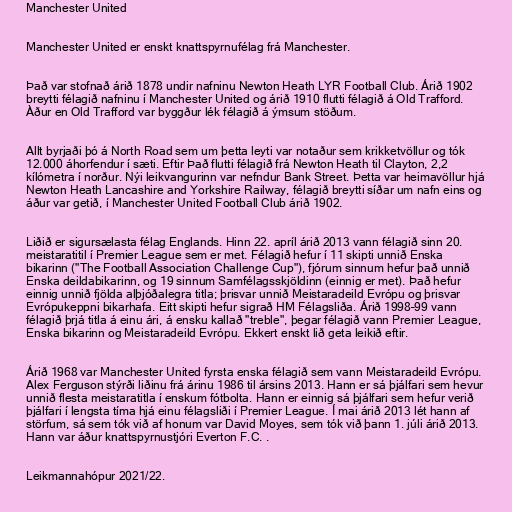
Manchester United

Manchester United er enskt knattspyrnufélag frá Manchester.

Það var stofnað árið 1878 undir nafninu Newton Heath LYR Football Club. Árið 1902
breytti félagið nafninu í Manchester United og árið 1910 flutti félagið á Old Trafford.
Àður en Old Trafford var byggður lék félagið á ýmsum stöðum.

Allt byrjaði þó á North Road sem um þetta leyti var notaður sem krikketvöllur og tók
12.000 áhorfendur í sæti. Eftir Það flutti félagið frá Newton Heath til Clayton, 2,2
kílómetra í norður. Nýi leikvangurinn var nefndur Bank Street. Þetta var heimavöllur hjá
Newton Heath Lancashire and Yorkshire Railway, félagið breytti síðar um nafn eins og
áður var getið, í Manchester United Football Club árið 1902.

Liðið er sigursælasta félag Englands. Hinn 22. apríl árið 2013 vann félagið sinn 20.
meistaratitil í Premier League sem er met. Félagið hefur í 11 skipti unnið Enska
bikarinn ("The Football Association Challenge Cup"), fjórum sinnum hefur það unnið
Enska deildabikarinn, og 19 sinnum Samfélagsskjöldinn (einnig er met). Það hefur
einnig unnið fjölda alþjóðalegra titla; þrisvar unnið Meistaradeild Evrópu og þrisvar
Evrópukeppni bikarhafa. Eitt skipti hefur sigrað HM Félagsliða. Árið 1998–99 vann
félagið þrjá titla á einu ári, á ensku kallað "treble", þegar félagið vann Premier League,
Enska bikarinn og Meistaradeild Evrópu. Ekkert enskt lið geta leikið eftir.

Árið 1968 var Manchester United fyrsta enska félagið sem vann Meistaradeild Evrópu.
Alex Ferguson stýrði liðinu frá árinu 1986 til ársins 2013. Hann er sá þjálfari sem hevur
unnið flesta meistaratitla í enskum fótbolta. Hann er einnig sá þjálfari sem hefur verið
þjálfari í lengsta tíma hjá einu félagsliði í Premier League. Í mai árið 2013 lét hann af
störfum, sá sem tók við af honum var David Moyes, sem tók við þann 1. júli árið 2013.
Hann var áður knattspyrnustjóri Everton F.C. .

Leikmannahópur 2021/22.